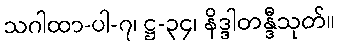
သဂါထာ-ပါ-၇၊ ဋ္ဌ-၃၄၊ နိဒ္ဒါတန္ဒီသုတ်။